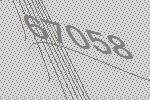
67058